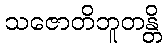
သဇောတိဘူတန္တိ